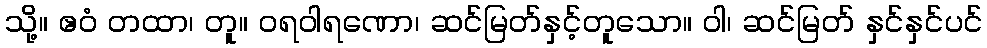
သို့။ ဧဝံ တထာ၊ တူ။ ဝရဝါရဏော၊ ဆင်မြတ်နှင့်တူသော။ ဝါ၊ ဆင်မြတ် နှင်နှင်ပင်